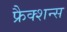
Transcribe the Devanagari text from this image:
फ्रैक्शन्स